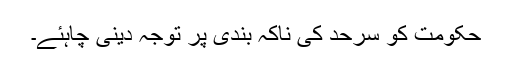
حکومت کو سرحد کی ناکہ بندی پر توجہ دینی چاہئے۔